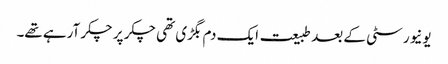
یونیورسٹی کے بعد طبیعت ایک دم بگڑی تھی چکر پر چکر آرہے تھے۔